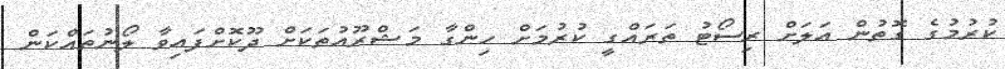
ކުރުމުގެ ގޮތުން އަލަށް ރިސޯޓު ތަރައްގީ ކުރުމަށް ހިންގާ މަޝްރޫއުތަކަށް ދޫކޮށްފައިވާ ލޯނުތައްކަން